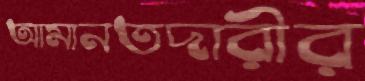
আমানতদারীর